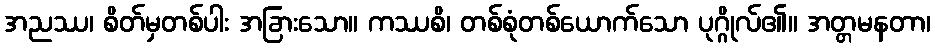
အညဿ၊ စိတ်မှတစ်ပါး အခြားသော။ ကဿစိ၊ တစ်စုံတစ်ယောက်သော ပုဂ္ဂိုလ်၏။ အတ္တမနတာ၊